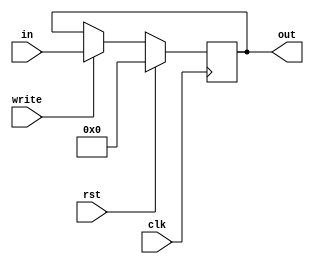
 module writeregister #(parameter W = 8) (
	clk,
	in, out,rst, write
);
 	input clk;
	input [W-1:0] in;
	output reg [W-1:0] out;
	input rst;
	input write;

	initial
	begin
		out = {W{1'b0}};
	end

	always @(posedge clk)
	begin
		if (rst)
			out <= {W{1'b0}};
			else if (write)
			out <= in; 
			else
			out <= out;
	end
endmodule